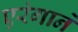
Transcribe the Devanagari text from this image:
एरंगाने